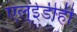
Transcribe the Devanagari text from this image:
एल्‌ईडीही